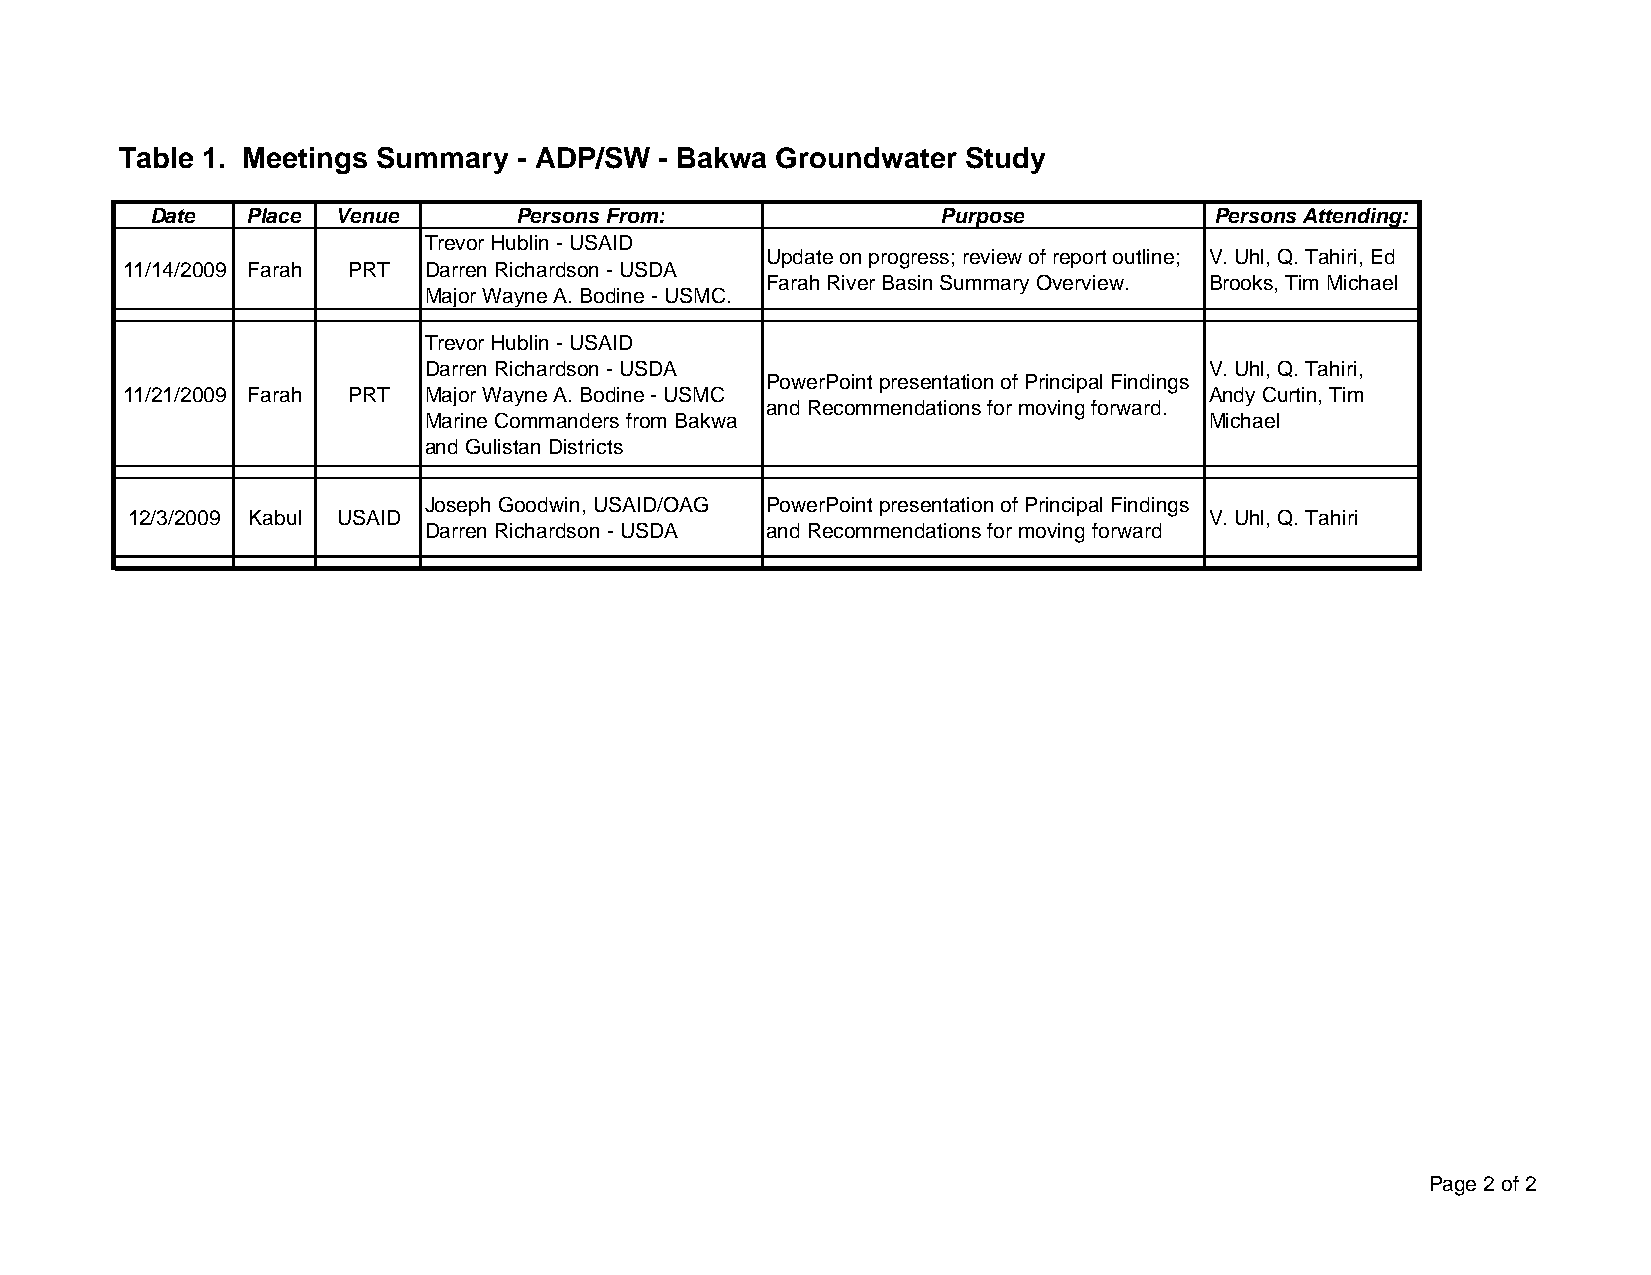
Table 1. Meetings Summary - ADP/SW  - Bakwa Groundwater Study
 Date  Place Venue       Persons From:               Purpose           Persons Attending:
 Trevor Hublin - USAID
 Update on progress; review of report outline; V. Uhl, Q. Tahiri, Ed
 11/14/2009 Farah PRT Darren Richardson - USDA
 Farah River Basin Summary Overview. Brooks, Tim Michael
 Major Wayne A. Bodine - USMC.
 Trevor Hublin - USAID
 Darren Richardson - USDA                            V. Uhl, Q. Tahiri,
 PowerPoint presentation of Principal Findings
 11/21/2009 Farah PRT Major Wayne A. Bodine - USMC                       Andy Curtin, Tim
 and Recommendations for moving forward.
 Marine Commanders from Bakwa                        Michael
 and Gulistan Districts
 Joseph Goodwin, USAID/OAG PowerPoint presentation of Principal Findings
 12/3/2009 Kabul USAID                                                   V. Uhl, Q. Tahiri
 Darren Richardson - USDA and Recommendations for moving forward
 Page 2 of 2